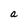
Character: a